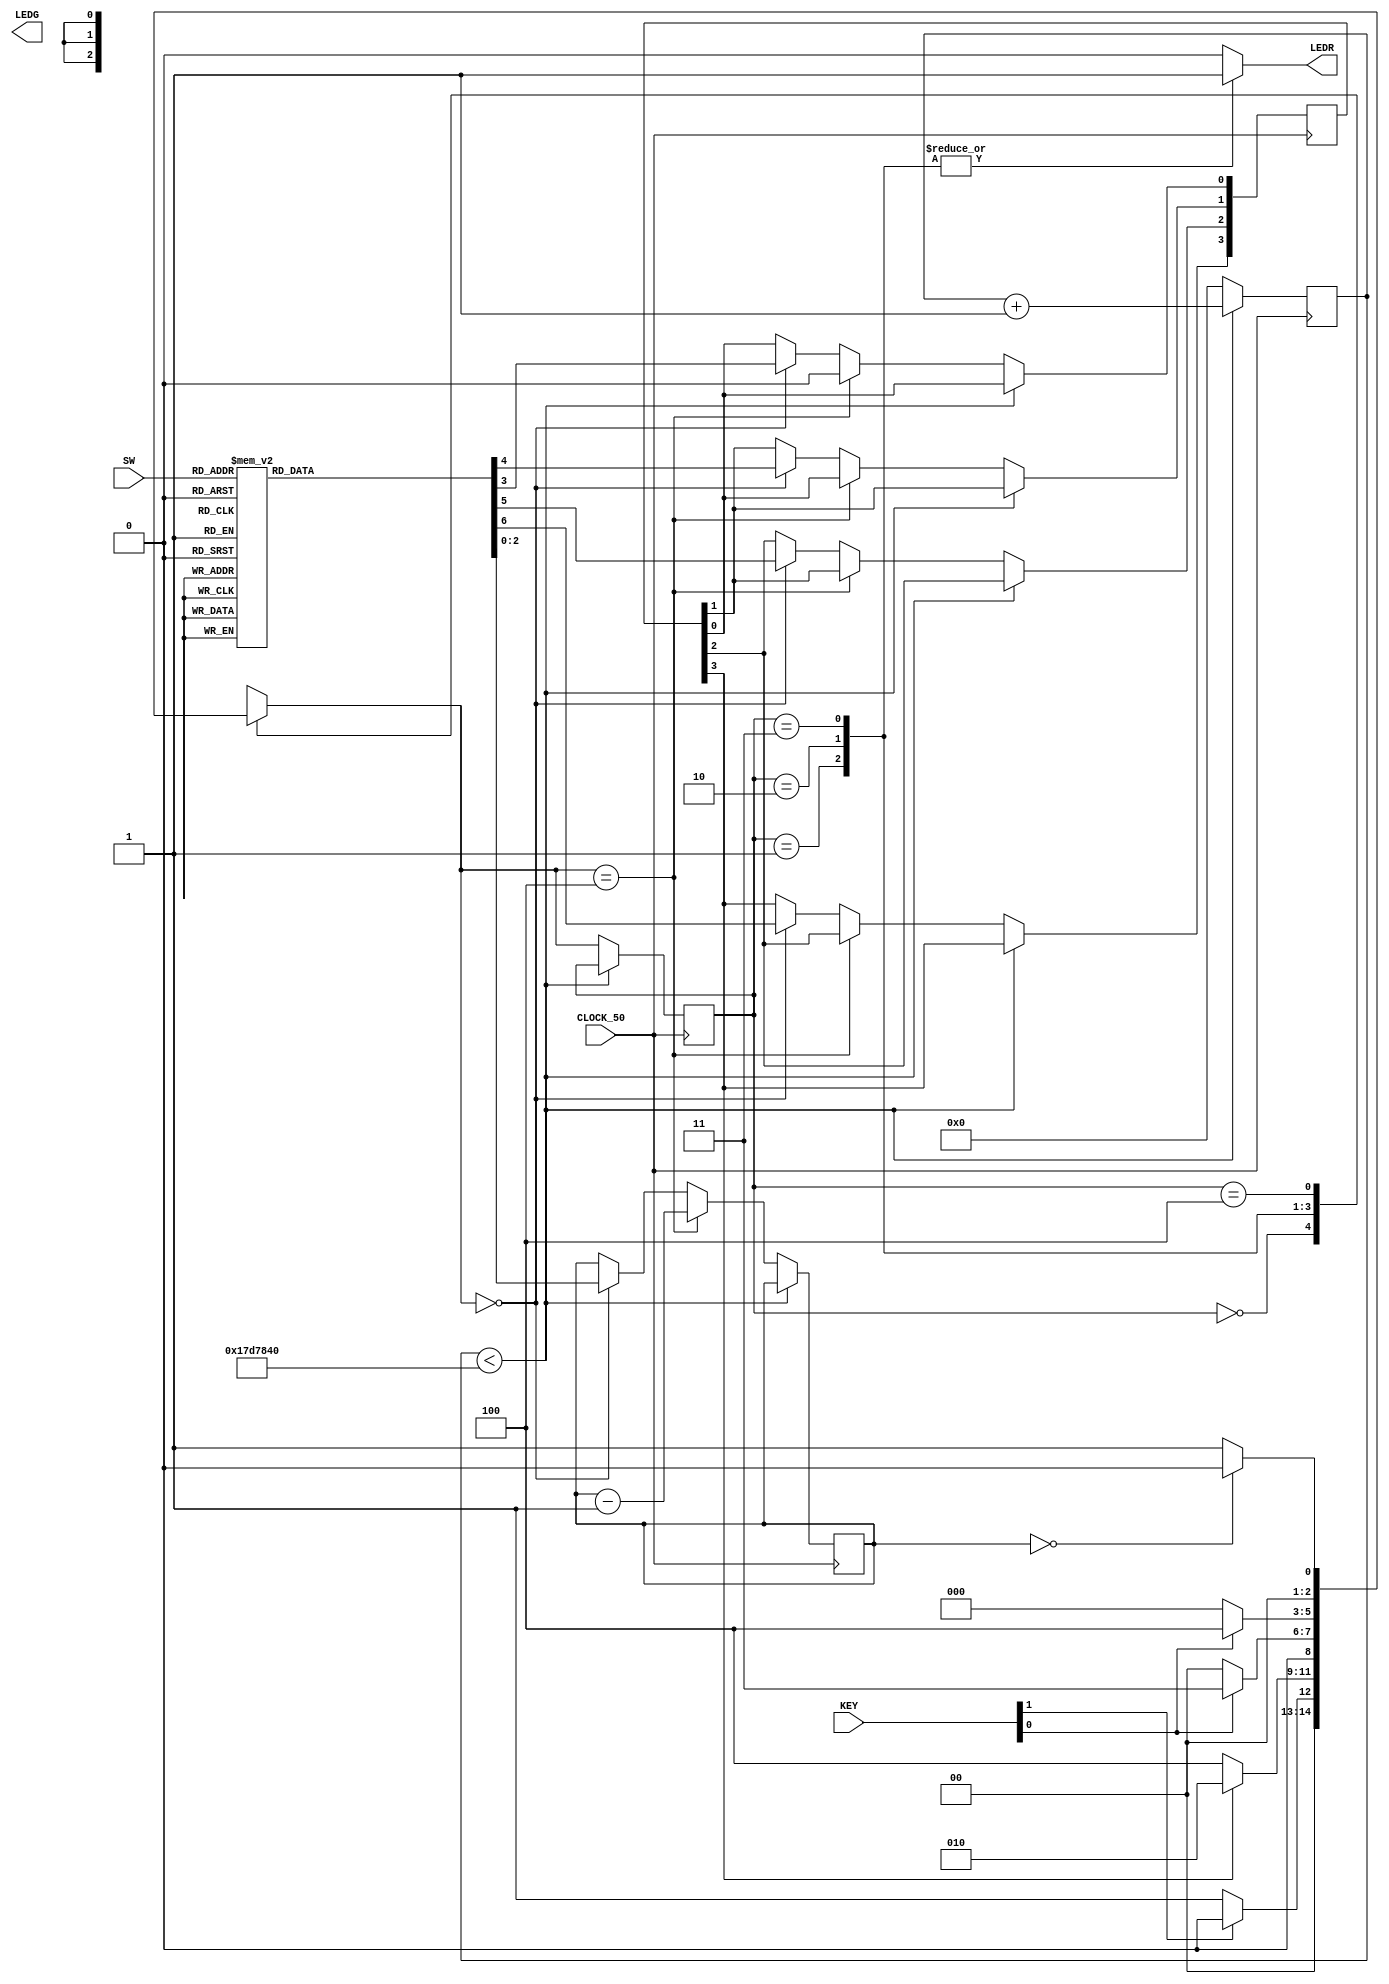
module morse_code(SW,KEY,CLOCK_50,LEDR,LEDG);
	input [2:0] SW;
	input [1:0] KEY;
	input CLOCK_50;
	output [0:0] LEDR; 
	output [2:0] LEDG;
	
	reg [25:0] count; 
	reg [2:0] length;
	reg [2:0] counter;
	reg [3:0] M;
	reg [3:0] Q;
	reg z;			
	
	reg[2:0] y_Q, Y_D;
	  
	parameter Qa = 3'b000, Ra = 3'b001, Sa = 3'b010, Ta = 3'b011, Ua = 3'b100, Va = 3'b101, Wa = 3'b110, Xa = 3'b111;

	parameter A = 3'b000, B = 3'b001, C = 3'b010, D = 3'b011, E = 3'b100; 
		
	assign LEDR = z;
	
	always @(SW)
	begin: letter_selection
		case(SW[2:0])
			Qa: begin
					length = 3'b100;
					M = 4'b1101;
				end
			Ra: begin
					length = 3'b011;
					M = 4'b0100;
				end
			Sa: begin
					length = 3'b011;
					M = 4'b0000;
				end
			Ta: begin
					length = 3'b001;
					M = 4'b1000;
				end
			Ua: begin
					length = 3'b011;
					M = 4'b0010;
				end
			Va: begin
					length = 3'b100;
					M = 4'b0001;
				end
			Wa: begin
					length = 3'b011;
					M = 4'b0110;
				end
			Xa: begin
					length = 3'b100;
					M = 4'b1001;
				end
		endcase
	end
	
	always @(Q[3], KEY[1:0], counter, y_Q) 
													
	begin: state_table
		case (y_Q)
			A: if (!KEY[1]) Y_D = B; 
				else Y_D = A;
			B: if (!Q[3]) Y_D = E;
				else Y_D = C;
			C: if (!KEY[0]) Y_D = A;
				else Y_D = D;
			D: if (!KEY[0]) Y_D = A;
				else Y_D = E; 
			E: if (counter == 0) Y_D = A;
				else Y_D = B;
		default: Y_D = 3'bxxx;
		endcase
	end
	
	always @(posedge CLOCK_50)
	begin
		if (count < 50000000/2)
			count <= count + 1;
		else
		begin
			count <= 0;
			y_Q <= Y_D;
			if (Y_D == A) begin
				counter <= length;
				Q <= M;
			end
			if (Y_D == E) begin
				counter <= counter - 1;
				Q[3] <= Q[2];
				Q[2] <= Q[1]; 
				Q[1] <= Q[0];
				Q[0] <= 1'b0;
			end
		end
	end
	
	always @(y_Q)
	begin: zassign
		case (y_Q)
			B: z = 1;
			C: z = 1;
			D: z = 1;
			default: z = 0;
		endcase
	end
endmodule